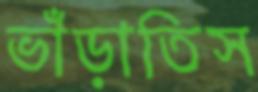
ভাঁড়াতিস